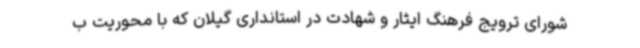
شورای ترویج فرهنگ ایثار و شهادت در استانداری گیلان که با محوریت ب